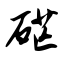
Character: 硭